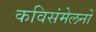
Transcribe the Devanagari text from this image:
कविसंमेलनों